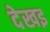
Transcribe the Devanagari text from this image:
देखइ